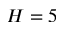
H = 5